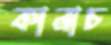
কানাচ